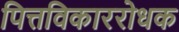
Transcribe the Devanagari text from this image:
पित्तविकाररोधक